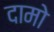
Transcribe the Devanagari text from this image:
दामो